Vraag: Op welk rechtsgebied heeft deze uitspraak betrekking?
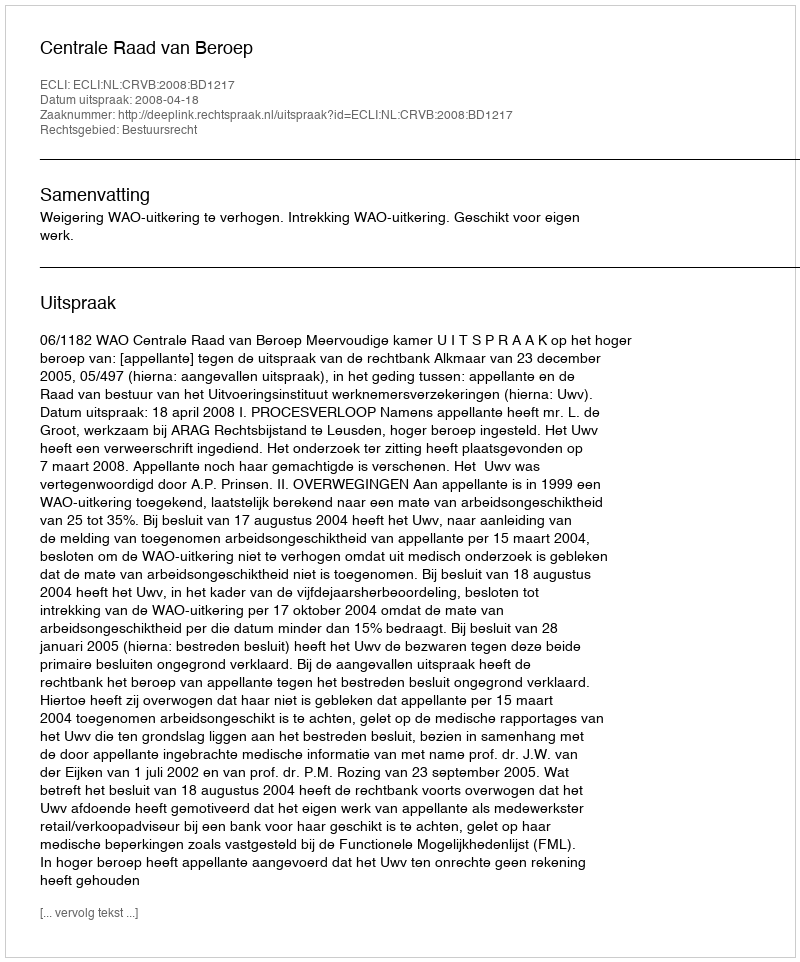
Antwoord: Bestuursrecht